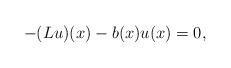
LaTeX: \begin{align*}- (L u)(x) - b(x) u(x)=0,\end{align*}